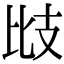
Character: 㩺